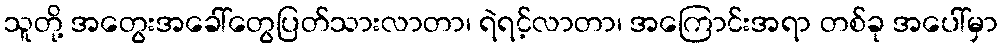
သူတို့ အတွေးအခေါ်တွေပြတ်သားလာတာ၊ ရဲရင့်လာတာ၊ အကြောင်းအရာ တစ်ခု အပေါ်မှာ